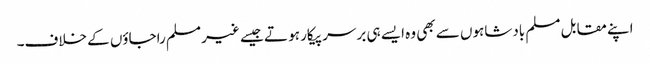
اپنے مقابل مسلم بادشاہوں سے بھی وہ ایسے ہی برسر پیکار ہو تے جیسے غیر مسلم راجاؤں کے خلاف۔